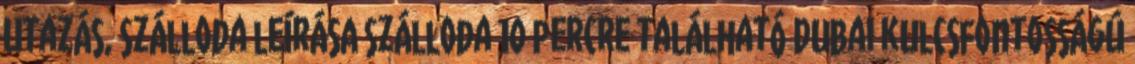
Utazás, szálloda leírásA szálloda 10 percre található Dubai kulcsfontosságú